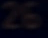
Z6